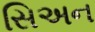
સિઅન